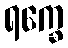
ရက္ခေ